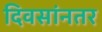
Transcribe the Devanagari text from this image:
दिवसांनतर